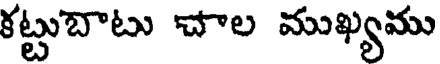
కట్టుబాటు చాల ముఖ్యము